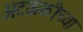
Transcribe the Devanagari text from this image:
अटकळीच्या